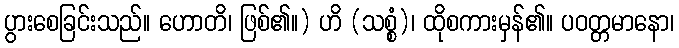
ပွားစေခြင်းသည်။ ဟောတိ၊ ဖြစ်၏။) ဟိ (သစ္စံ)၊ ထိုစကားမှန်၏။ ပဝတ္တမာနော၊